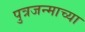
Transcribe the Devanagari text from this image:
पुत्रजन्माच्या